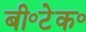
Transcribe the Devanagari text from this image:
बी॰टेक॰